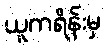
ယူကရိန်းမှ